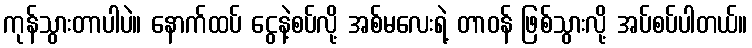
ကုန်သွားတာပါပဲ။ နောက်ထပ် ငွေနဲ့စပ်လို့ အစ်မလေးရဲ့ တာဝန် ဖြစ်သွားလို့ အပ်စပ်ပါတယ်။